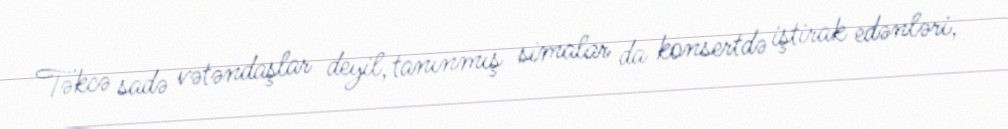
Təkcə sadə vətəndaşlar deyil, tanınmış simalar da konsertdə iştirak edənləri,